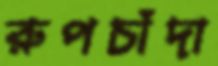
রুপচাঁদা